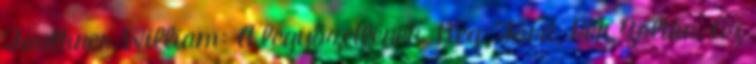
Faulkner, William: A legyőzetlenek. Reg. Ford. Pék Zoltán. Az